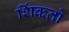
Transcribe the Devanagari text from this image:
शिंकतो